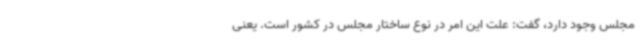
مجلس وجود دارد، گفت: علت این امر در نوع ساختار مجلس در کشور است. یعنی